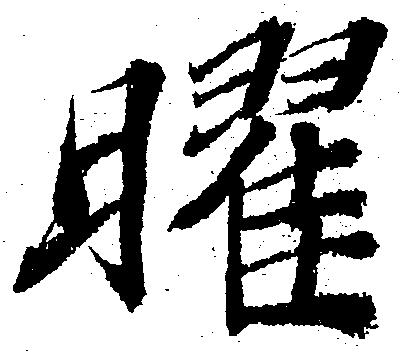
曜